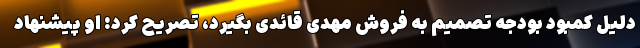
دلیل کمبود بودجه تصمیم به فروش مهدی قائدی بگیرد، تصریح کرد: او پیشنهاد